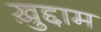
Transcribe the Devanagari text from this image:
ख़ुद्दाम